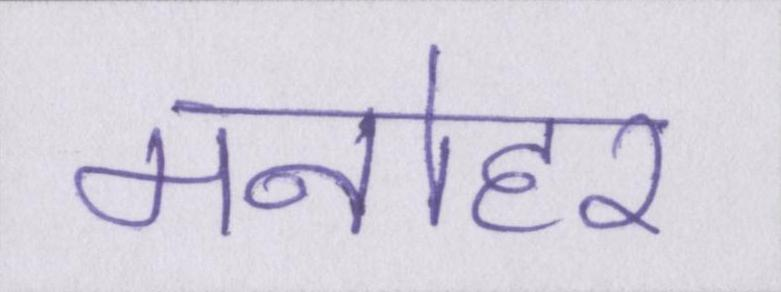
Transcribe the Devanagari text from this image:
मनोहर